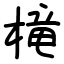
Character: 槞